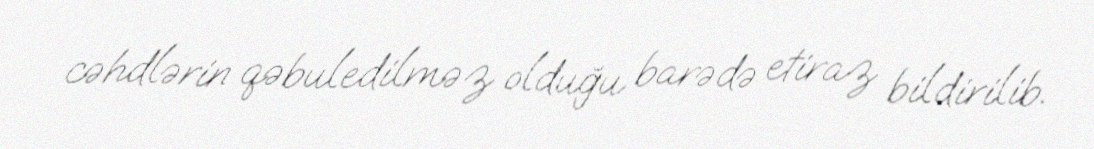
cəhdlərin qəbuledilməz olduğu barədə etiraz bildirilib.